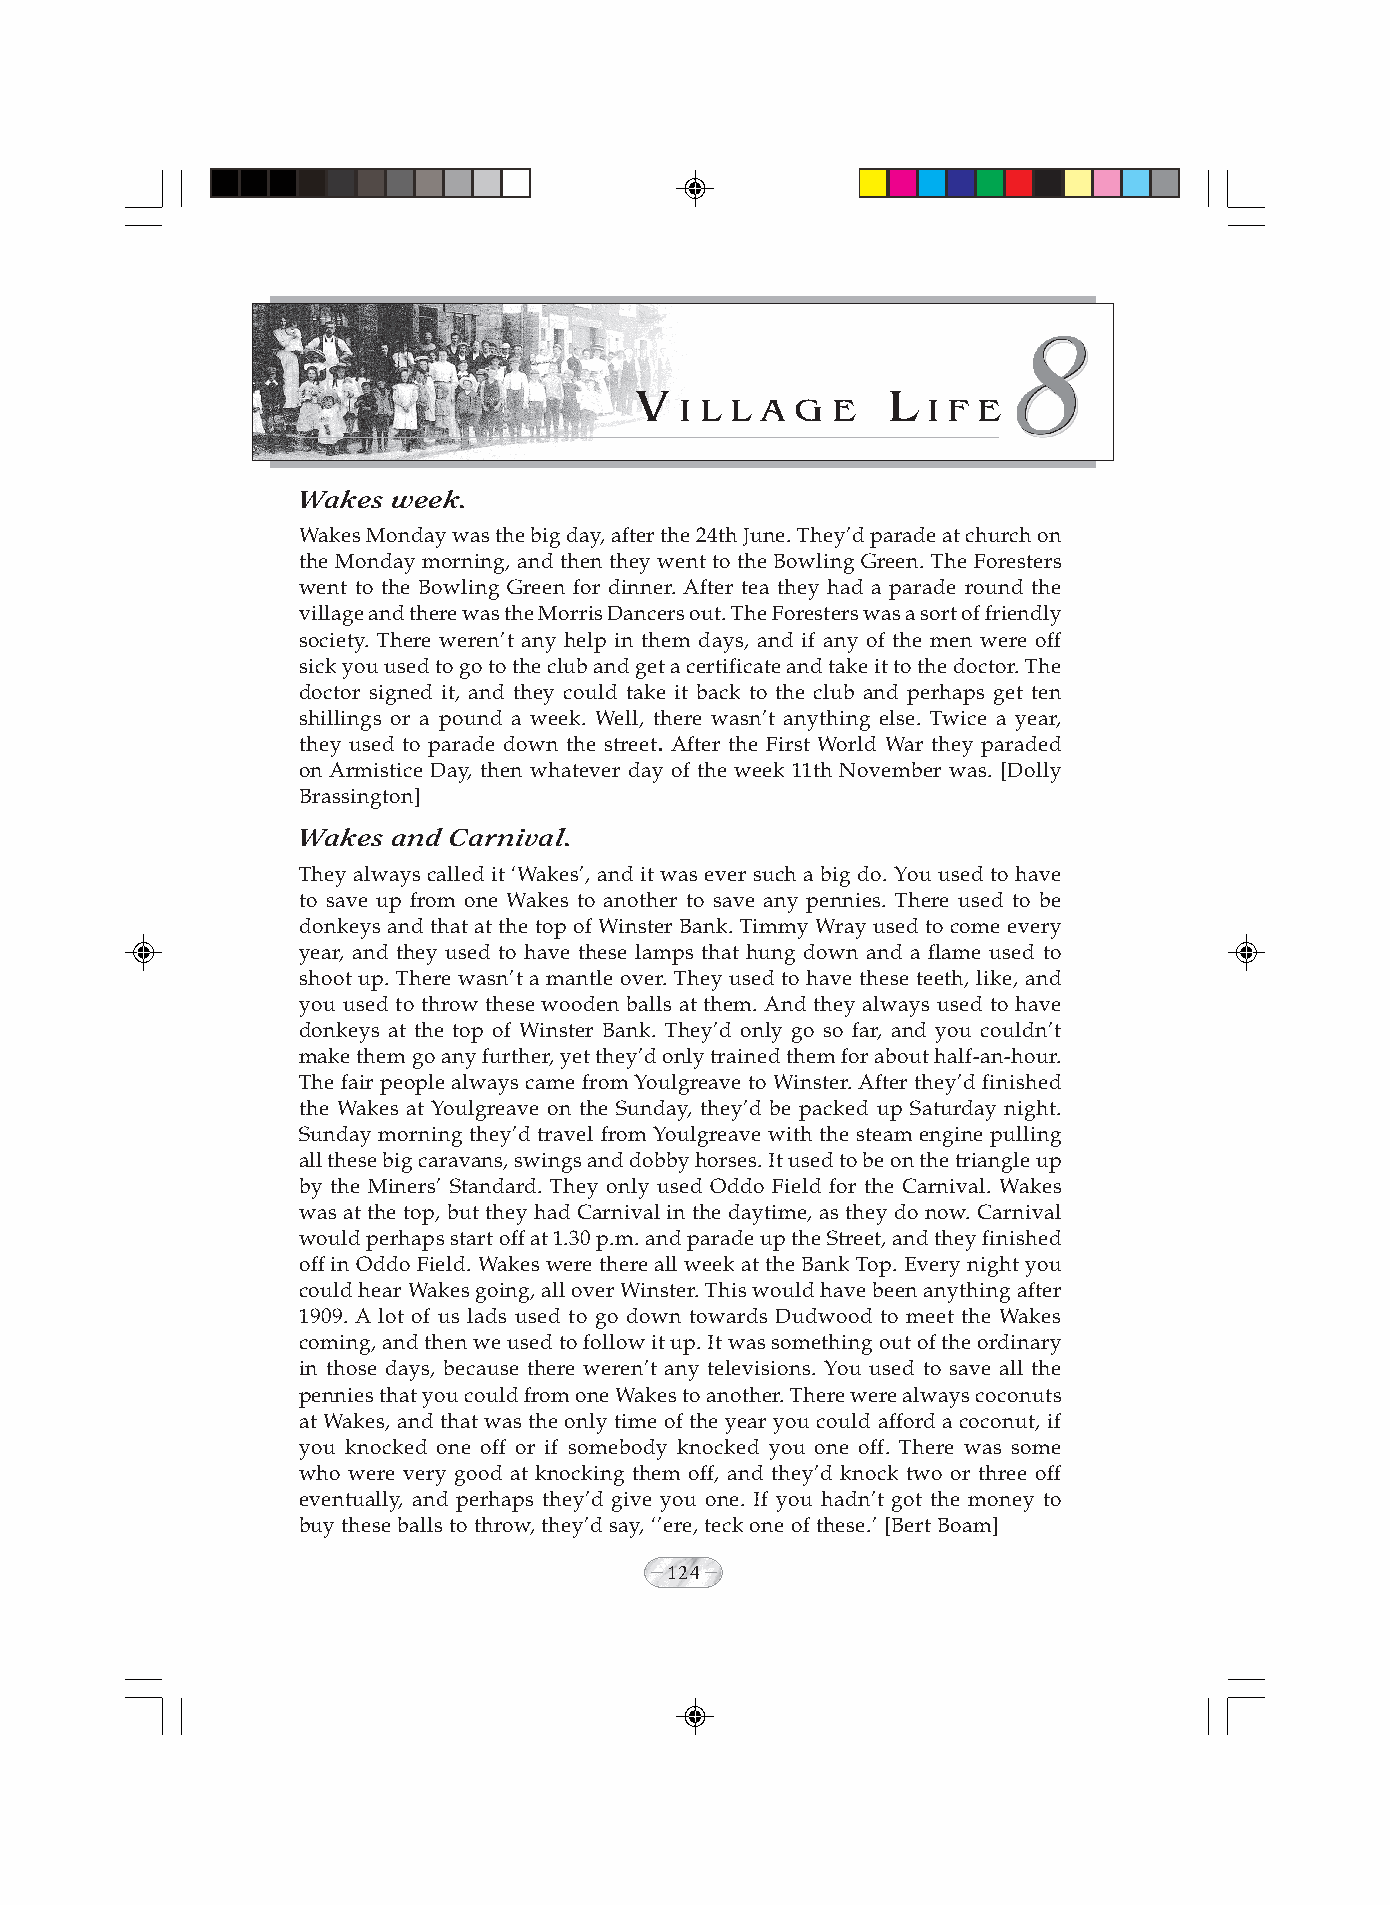
V                L
 I L L A G E     I F E
 Wakes week.
 Wakes Monday was the big day, after the 24th June. They’d parade at church on
 the Monday morning, and then they went to the Bowling Green. The Foresters
 went to the Bowling Green for dinner. After tea they had a parade round the
 village and there was the Morris Dancers out. The Foresters was a sort of friendly
 society. There weren’t any help in them days, and if any of the men were off
 sick you used to go to the club and get a certificate and take it to the doctor. The
 doctor signed it, and they could take it back to the club and perhaps get ten
 shillings or a pound a week. Well, there wasn’t anything else. Twice a year,
 they used to parade down the street. After the First World War they paraded
 on Armistice Day, then whatever day of the week 11th November was. [Dolly
 Brassington]
 Wakes and Carnival.
 They always called it ‘Wakes’, and it was ever such a big do. You used to have
 to save up from one Wakes to another to save any pennies. There used to be
 donkeys and that at the top of Winster Bank. Timmy Wray used to come every
 year, and they used to have these lamps that hung down and a flame used to
 shoot up. There wasn’t a mantle over. They used to have these teeth, like, and
 you used to throw these wooden balls at them. And they always used to have
 donkeys at the top of Winster Bank. They’d only go so far, and you couldn’t
 make them go any further, yet they’d only trained them for about half-an-hour.
 The fair people always came from Youlgreave to Winster. After they’d finished
 the Wakes at Youlgreave on the Sunday, they’d be packed up Saturday night.
 Sunday morning they’d travel from Youlgreave with the steam engine pulling
 all these big caravans, swings and dobby horses. It used to be on the triangle up
 by the Miners’ Standard. They only used Oddo Field for the Carnival. Wakes
 was at the top, but they had Carnival in the daytime, as they do now. Carnival
 would perhaps start off at 1.30 p.m. and parade up the Street, and they finished
 off in Oddo Field. Wakes were there all week at the Bank Top. Every night you
 could hear Wakes going, all over Winster. This would have been anything after
 1909. A lot of us lads used to go down towards Dudwood to meet the Wakes
 coming, and then we used to follow it up. It was something out of the ordinary
 in those days, because there weren’t any televisions. You used to save all the
 pennies that you could from one Wakes to another. There were always coconuts
 at Wakes, and that was the only time of the year you could afford a coconut, if
 you knocked one off or if somebody knocked you one off. There was some
 who were very good at knocking them off, and they’d knock two or three off
 eventually, and perhaps they’d give you one. If you hadn’t got the money to
 buy these balls to throw, they’d say, ‘’ere, teck one of these.’ [Bert Boam]
 124